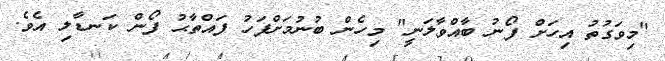
"މިވަގުތު އިހަށް ފޯނު ބާއްވާލަނީ" މިހެން ބުނުމަށްފަހު ފައްތާޙު ފޯން ކަނޑާލި އެވެ.